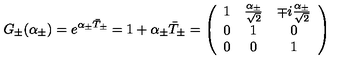
G _ { \pm } ( \alpha _ { \pm } ) = e ^ { \alpha _ { \pm } \bar { T } _ { \pm } } = 1 + \alpha _ { \pm } \bar { T } _ { \pm } = \left( \begin{array} { c c c } { 1 } & { \frac { \alpha _ { \pm } } { \sqrt { 2 } } } & { \mp i \frac { \alpha _ { \pm } } { \sqrt { 2 } } } \\ { 0 } & { 1 } & { 0 } \\ { 0 } & { 0 } & { 1 } \\ \end{array} \right)